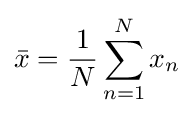
{\bar {x}}={\frac {1}{N}}\sum _{n=1}^{N}x_{n}